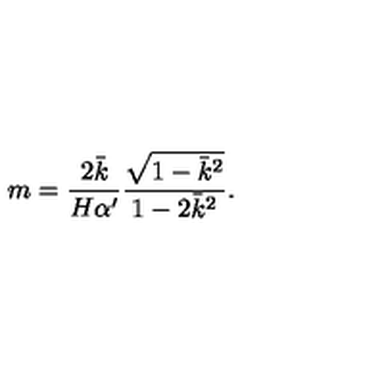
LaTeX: m = \frac { 2 \bar { k } } { H \alpha ^ { \prime } } \frac { \sqrt { 1 - \bar { k } ^ { 2 } } } { 1 - 2 \bar { k } ^ { 2 } } .